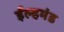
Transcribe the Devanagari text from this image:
ईल्हमंड